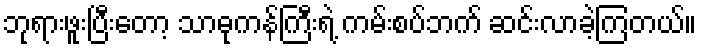
ဘုရားဖူးပြီးတော့ သာဓုကန်ကြီးရဲ့ ကမ်းစပ်ဘက် ဆင်းလာခဲ့ကြတယ်။